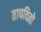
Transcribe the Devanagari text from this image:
तापवितो